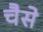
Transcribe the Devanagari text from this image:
चैसे